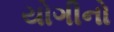
યોગીનો